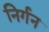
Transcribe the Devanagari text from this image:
निर्गन